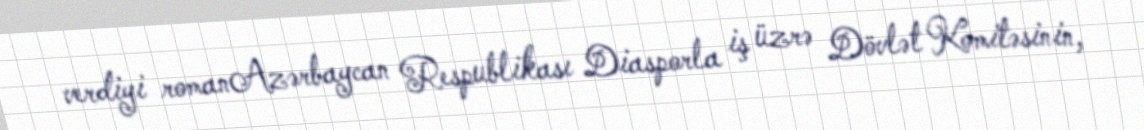
verdiyi romanAzərbaycan Respublikası Diasporla iş üzrə Dövlət Komitəsinin,